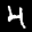
Label: 4